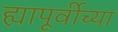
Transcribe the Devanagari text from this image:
ह्यापूर्वीच्या